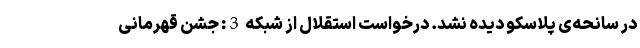
در سانحه‌ی پلاسکو دیده نشد. درخواست استقلال از شبکه 3: جشن قهرمانی